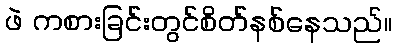
ဖဲ ကစားခြင်းတွင်စိတ်နစ်နေသည်။